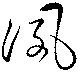
夙